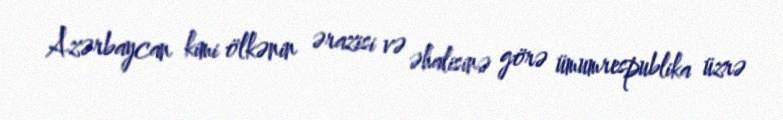
Azərbaycan kimi ölkənin ərazisi və əhalisinə görə ümumrespublika üzrə